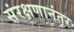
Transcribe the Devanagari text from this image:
संरक्षणानंतर